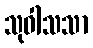
သုဝါသသာ